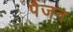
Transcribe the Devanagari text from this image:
पैजन